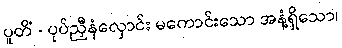
ပူတိံ - ပုပ်ညှီနံလှောင်း မကောင်းသော အနံ့ရှိသော၊